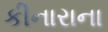
કીનારાના